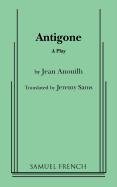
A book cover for Antigone; Jean Anouilh; Literature & Fiction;